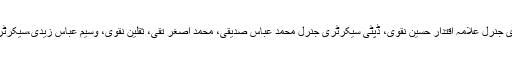
مجلس وحدت مسلمین کے وفود میں صوبائی سیکرٹری جنرل علامہ اقتدار حسین نقوی، ڈپٹی سیکرٹری جنرل محمد عباس صدیقی، محمد اصغر تقی، ثقلین نقوی، وسیم عباس زیدی،سیکرٹری سیاسیات مہر سخاوت علی اور دیگر شریک تھے۔